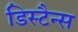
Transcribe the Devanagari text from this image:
डिस्टैन्स